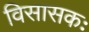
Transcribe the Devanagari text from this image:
विसासकः